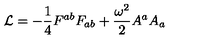
{ \cal L } = - { \frac { 1 } { 4 } } { F ^ { a b } F _ { a b } } + { \frac { \omega ^ { 2 } } { 2 } } A ^ { a } A _ { a }